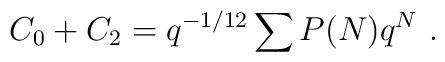
C_0+C_2=q^{-1/12}\sum P(N)q^N{}~.